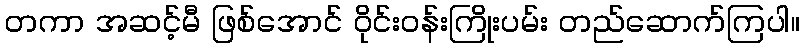
တကာ အဆင့်မီ ဖြစ်အောင် ဝိုင်းဝန်းကြိုးပမ်း တည်ဆောက်ကြပါ။